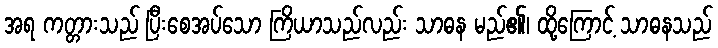
အရ ကတ္တားသည် ပြီးစေအပ်သော ကြိယာသည်လည်း သာဓန မည်၏၊ ထို့ကြောင့် သာဓနသည်